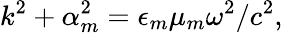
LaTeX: k^{2}+\alpha_{m}^{2}=\epsilon_{m}\mu_{m}\omega^{2}/c^{2},